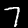
Digit: 7